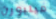
ميلبورن